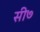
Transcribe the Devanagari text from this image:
सी७